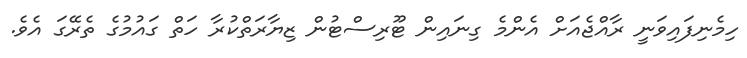
ހިމެނިފައިވަނީ ރާއްޖެއަށް އެންމެ ގިނައިން ޓޫރިސްޓުން ޒިޔާރަތްކުރާ ހަތް ގައުމުގެ ތެރޭގަ އެވެ.